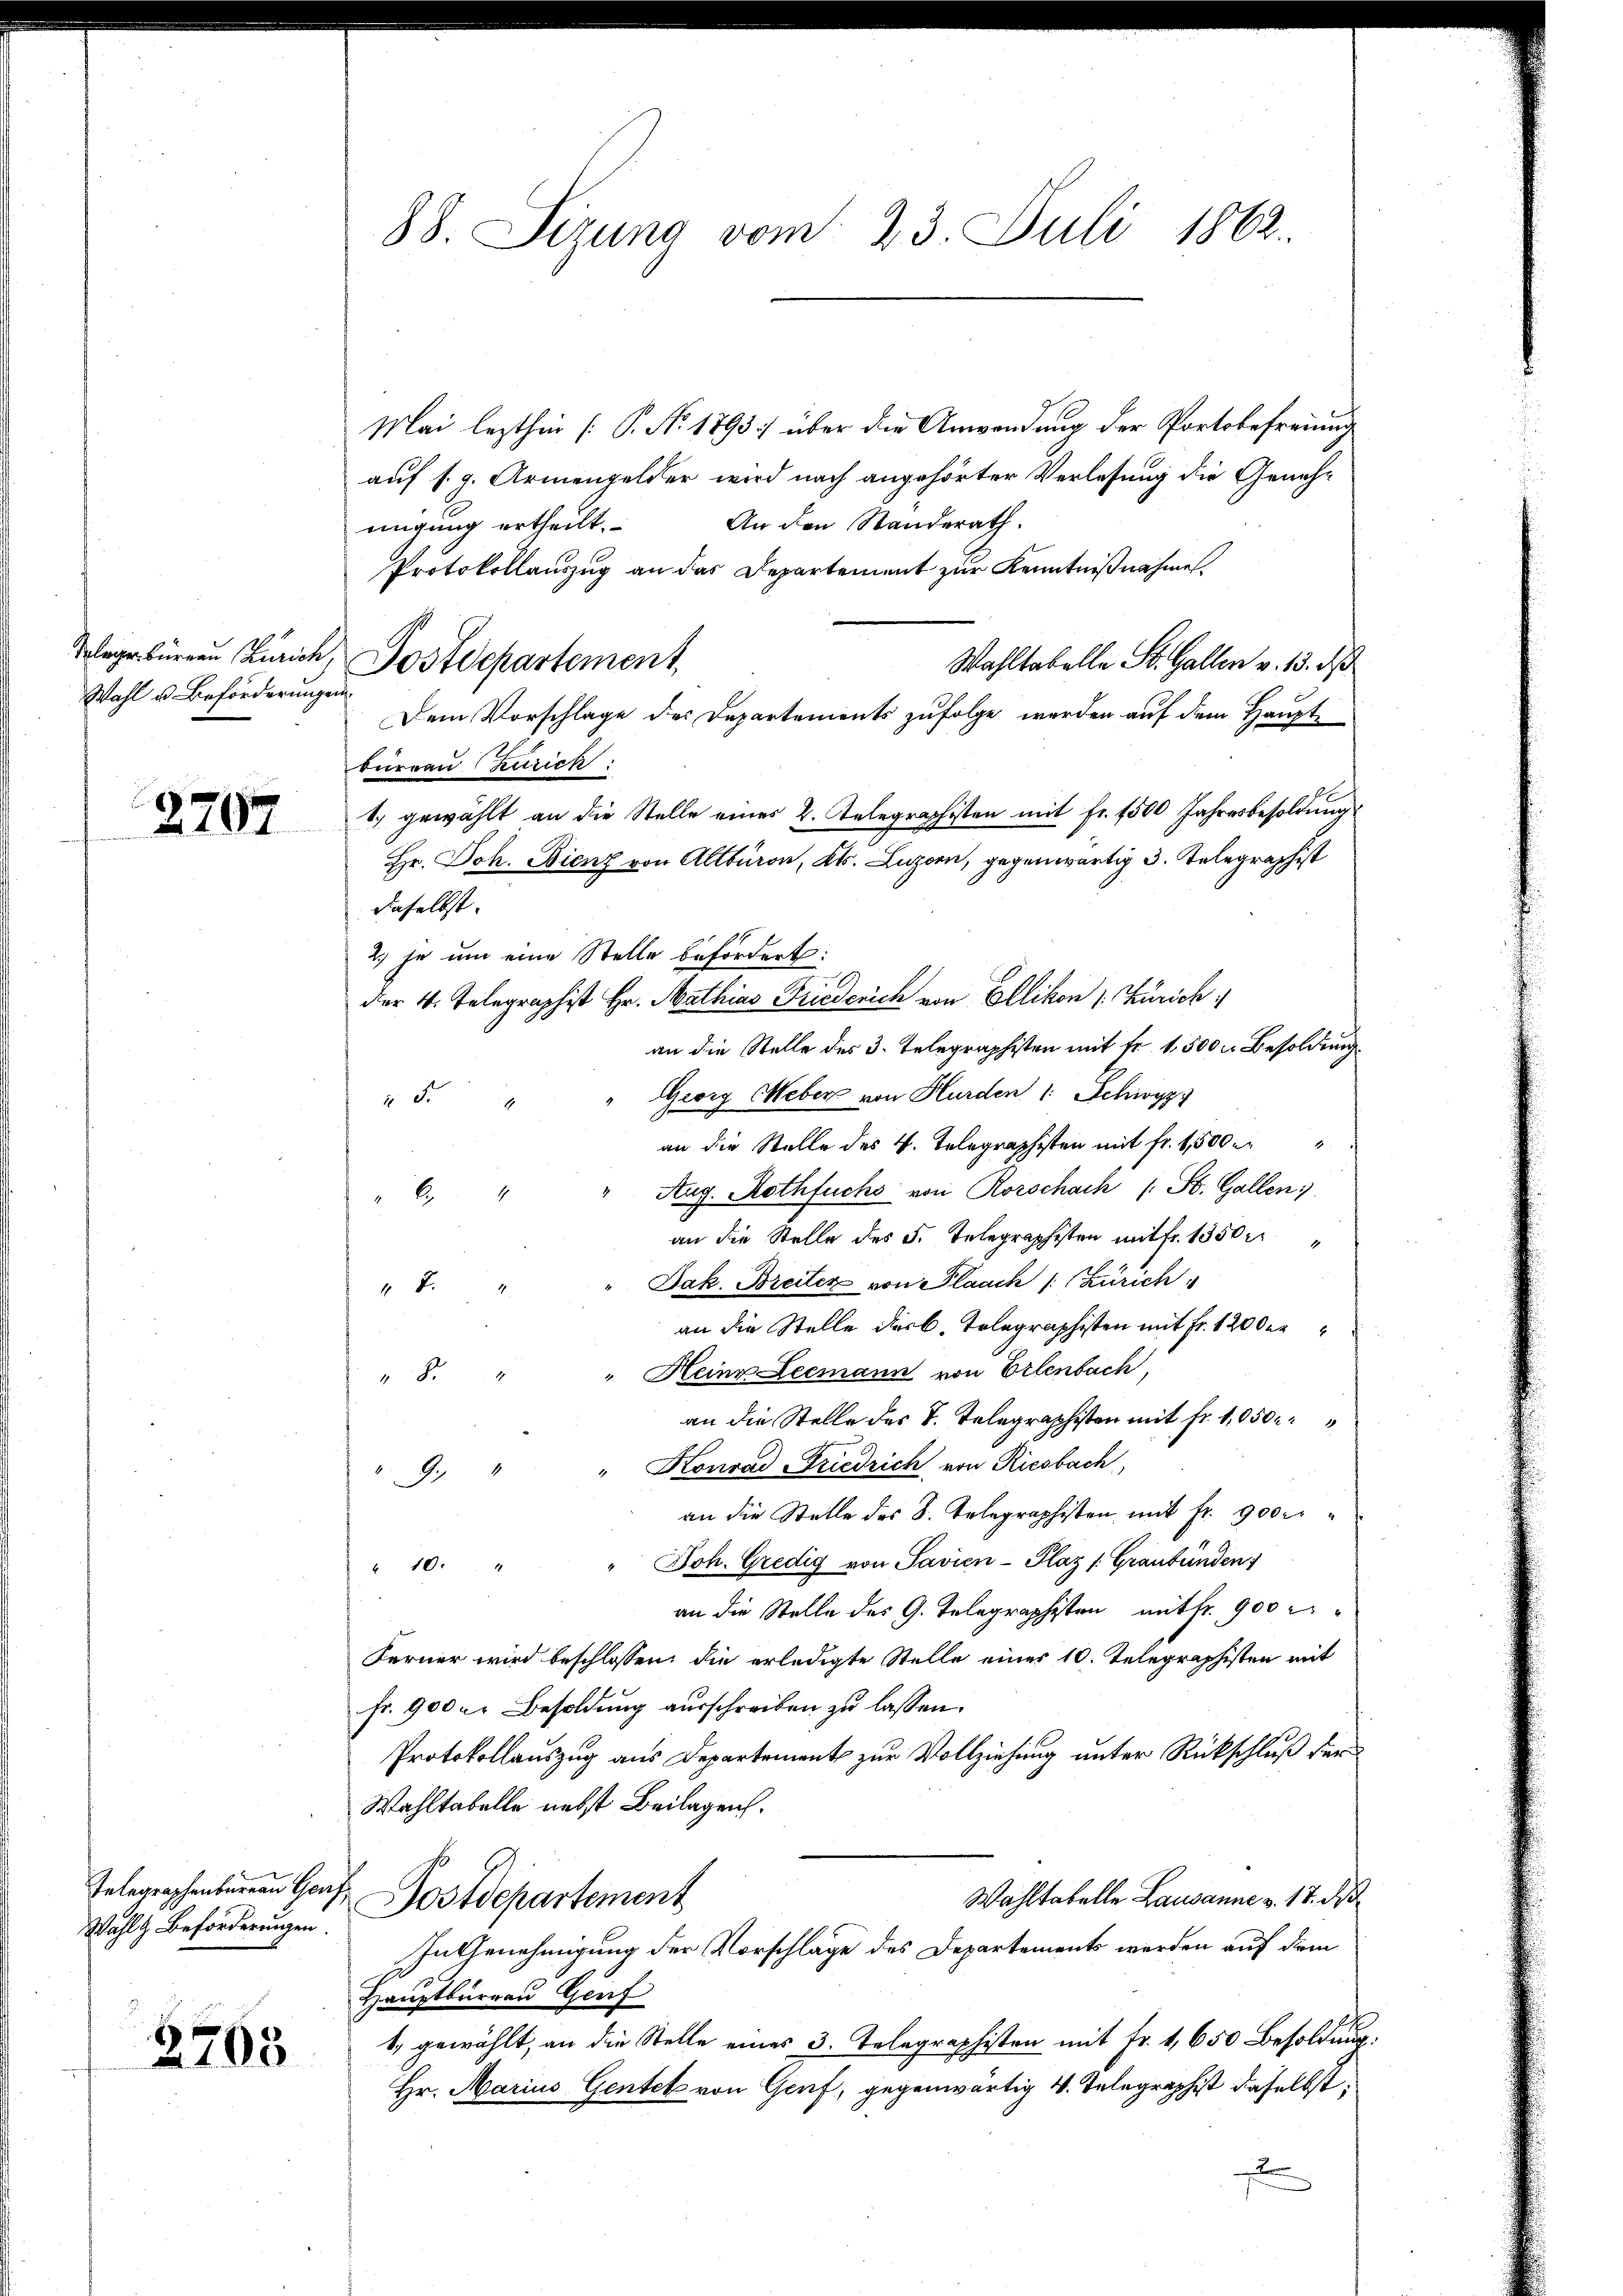
Wahl u. Beförderungen

2797

Wahl & Beförderungen

2703

88. Sizung vom 23. Juli 1862.

Mai lezthin (P. Nr. 1893) über die Anwendung der Portobefreiung
auf s. g. Armengelder wird nach angehörter Verlesung die Geneh¬
An den Standerath.
migung ertheilt.
Protokollauszug an das Departement zur Kenntnißnahme
Wahltabelle St. Gallen v. 13. d
Dem Vorschlage des Departements zufolge werden auf dem Hauptbureau Zürich:
1.) gewählt an die Stelle eines 2. Telegraphisten mit Fr. 1500 Jahresbesoldung
daselbst.
2) je um eine Stelle befördert:
der 4. Telegraphist Hr. Mathias Friederich von Ellikon s. Zürich
an die Stelle des 3. Telegraphisten mit fr. 1500 r. Besoldung
Georg Weber von Hurden 1 Schwyzz
2 d
an die Stelle des 4. Telegraphisten mit fr. 1,500
" Aug. Rothfuchs von Rorschach (: St. Gallen
6.
an die Stelle des 5. Telegraphisten mit fr. 1350
Jak. Breiter von Flaach Zürich
8.
an die Stelle der B. Telegraphisten mit Fr. 120 der
" Heine Leemann von Erlenbach,
S
an die Stelle des B. Telegraphisten mit Fr. 1050
" Konrad Friedrich, von Riesbach
9.
an die Stelle des S. Telegraphisten mit fr. 900r
" Joh. Gredig von Savien- Plaz /: Graubünden
" 10. "
an die Stelle des G. Telegraphisten mit fr. 900
Ferner wird beschlossen, die erledigte Stelle eines 10. Telegraphisten mit
fr. 900 l. Besoldung ausschreiben zu lassen.
Protokollauszug aus Departement zur Vollziehung unter Rückschluß für
Wahltabelle nebst Beilagen.
Selegraphenberein Graf Postdepartement
Wahltabelle Lausanne v. 17. Die
In Genehmigung der Vorschläge des Departements werden auf dem
Hauptburrau Genf
1. gewählt, an die Stelle eines 3. Telegraphisten mit Fr. 1,650 Besoldung
Hr. Marius Gentck von Genf, gegenwärtig 4. Telegraphist daselbst

Telege bürgen Zürich, Postdepartement,

Hr. Joh. Bienz von Altburg, Kt. Luzern, gegenwärtig 3. Telegraphist

u